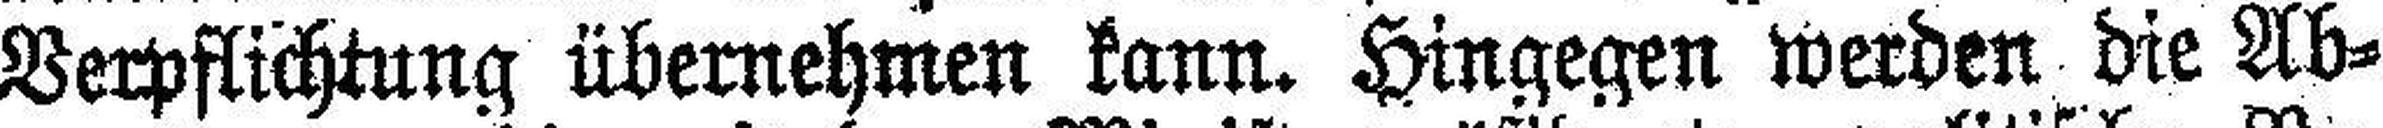
Verpflichtung übernehmen kann. Hingegen werden die Ab¬